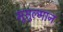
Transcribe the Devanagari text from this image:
मुसुल्मान